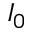
I _ { 0 }